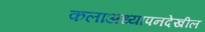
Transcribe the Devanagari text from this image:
कलाअध्यापनदेखील